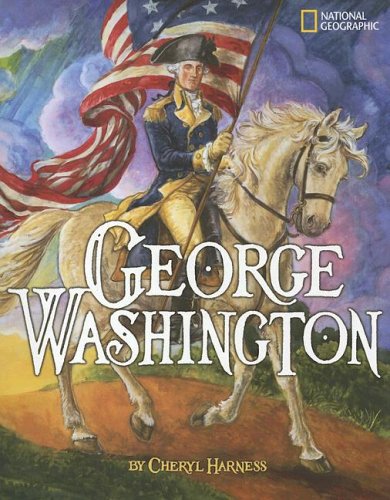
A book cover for George Washington; Cheryl Harness; Children's Books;